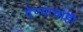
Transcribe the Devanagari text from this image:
देण्याचाही